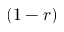
( 1 - r )